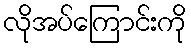
လိုအပ်ကြောင်းကို